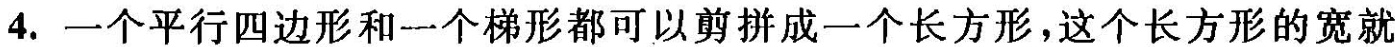
4.一个平行四边形和一个梯形都可以剪拼成一个长方形，这个长方形的宽就